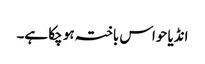
انڈیا حواس باختہ ہو چکا ہے۔